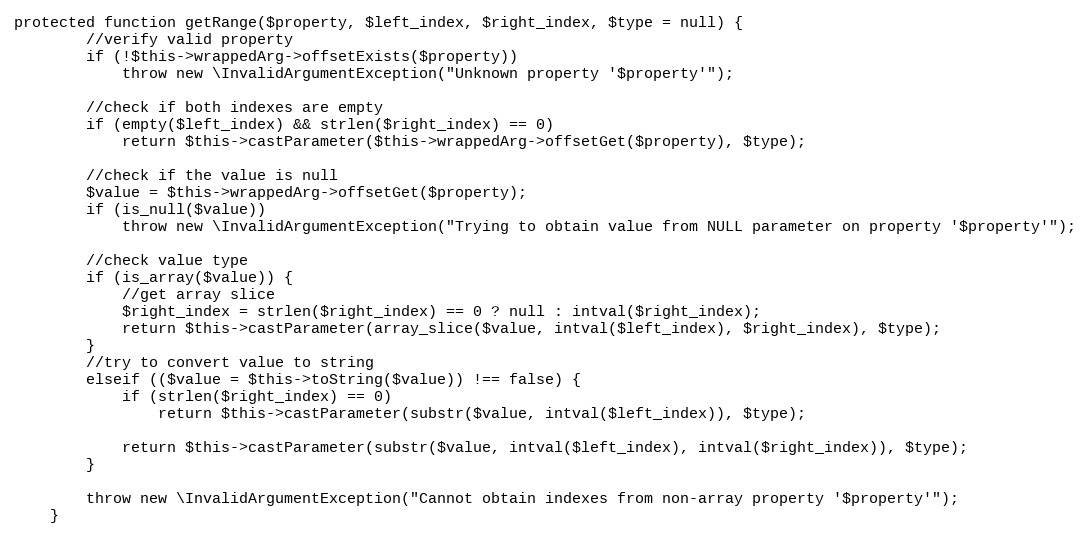
Language: PHP
protected function getRange($property, $left_index, $right_index, $type = null) {
		//verify valid property
		if (!$this->wrappedArg->offsetExists($property))
			throw new \InvalidArgumentException("Unknown property '$property'");

		//check if both indexes are empty
		if (empty($left_index) && strlen($right_index) == 0)
			return $this->castParameter($this->wrappedArg->offsetGet($property), $type);

		//check if the value is null
		$value = $this->wrappedArg->offsetGet($property);
		if (is_null($value))
			throw new \InvalidArgumentException("Trying to obtain value from NULL parameter on property '$property'");

		//check value type
		if (is_array($value)) {
			//get array slice
			$right_index = strlen($right_index) == 0 ? null : intval($right_index);
			return $this->castParameter(array_slice($value, intval($left_index), $right_index), $type);
		}
		//try to convert value to string
		elseif (($value = $this->toString($value)) !== false) {
			if (strlen($right_index) == 0)
				return $this->castParameter(substr($value, intval($left_index)), $type);

			return $this->castParameter(substr($value, intval($left_index), intval($right_index)), $type);
		}

		throw new \InvalidArgumentException("Cannot obtain indexes from non-array property '$property'");
	}